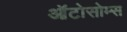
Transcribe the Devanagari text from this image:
ऑटोसोम्स